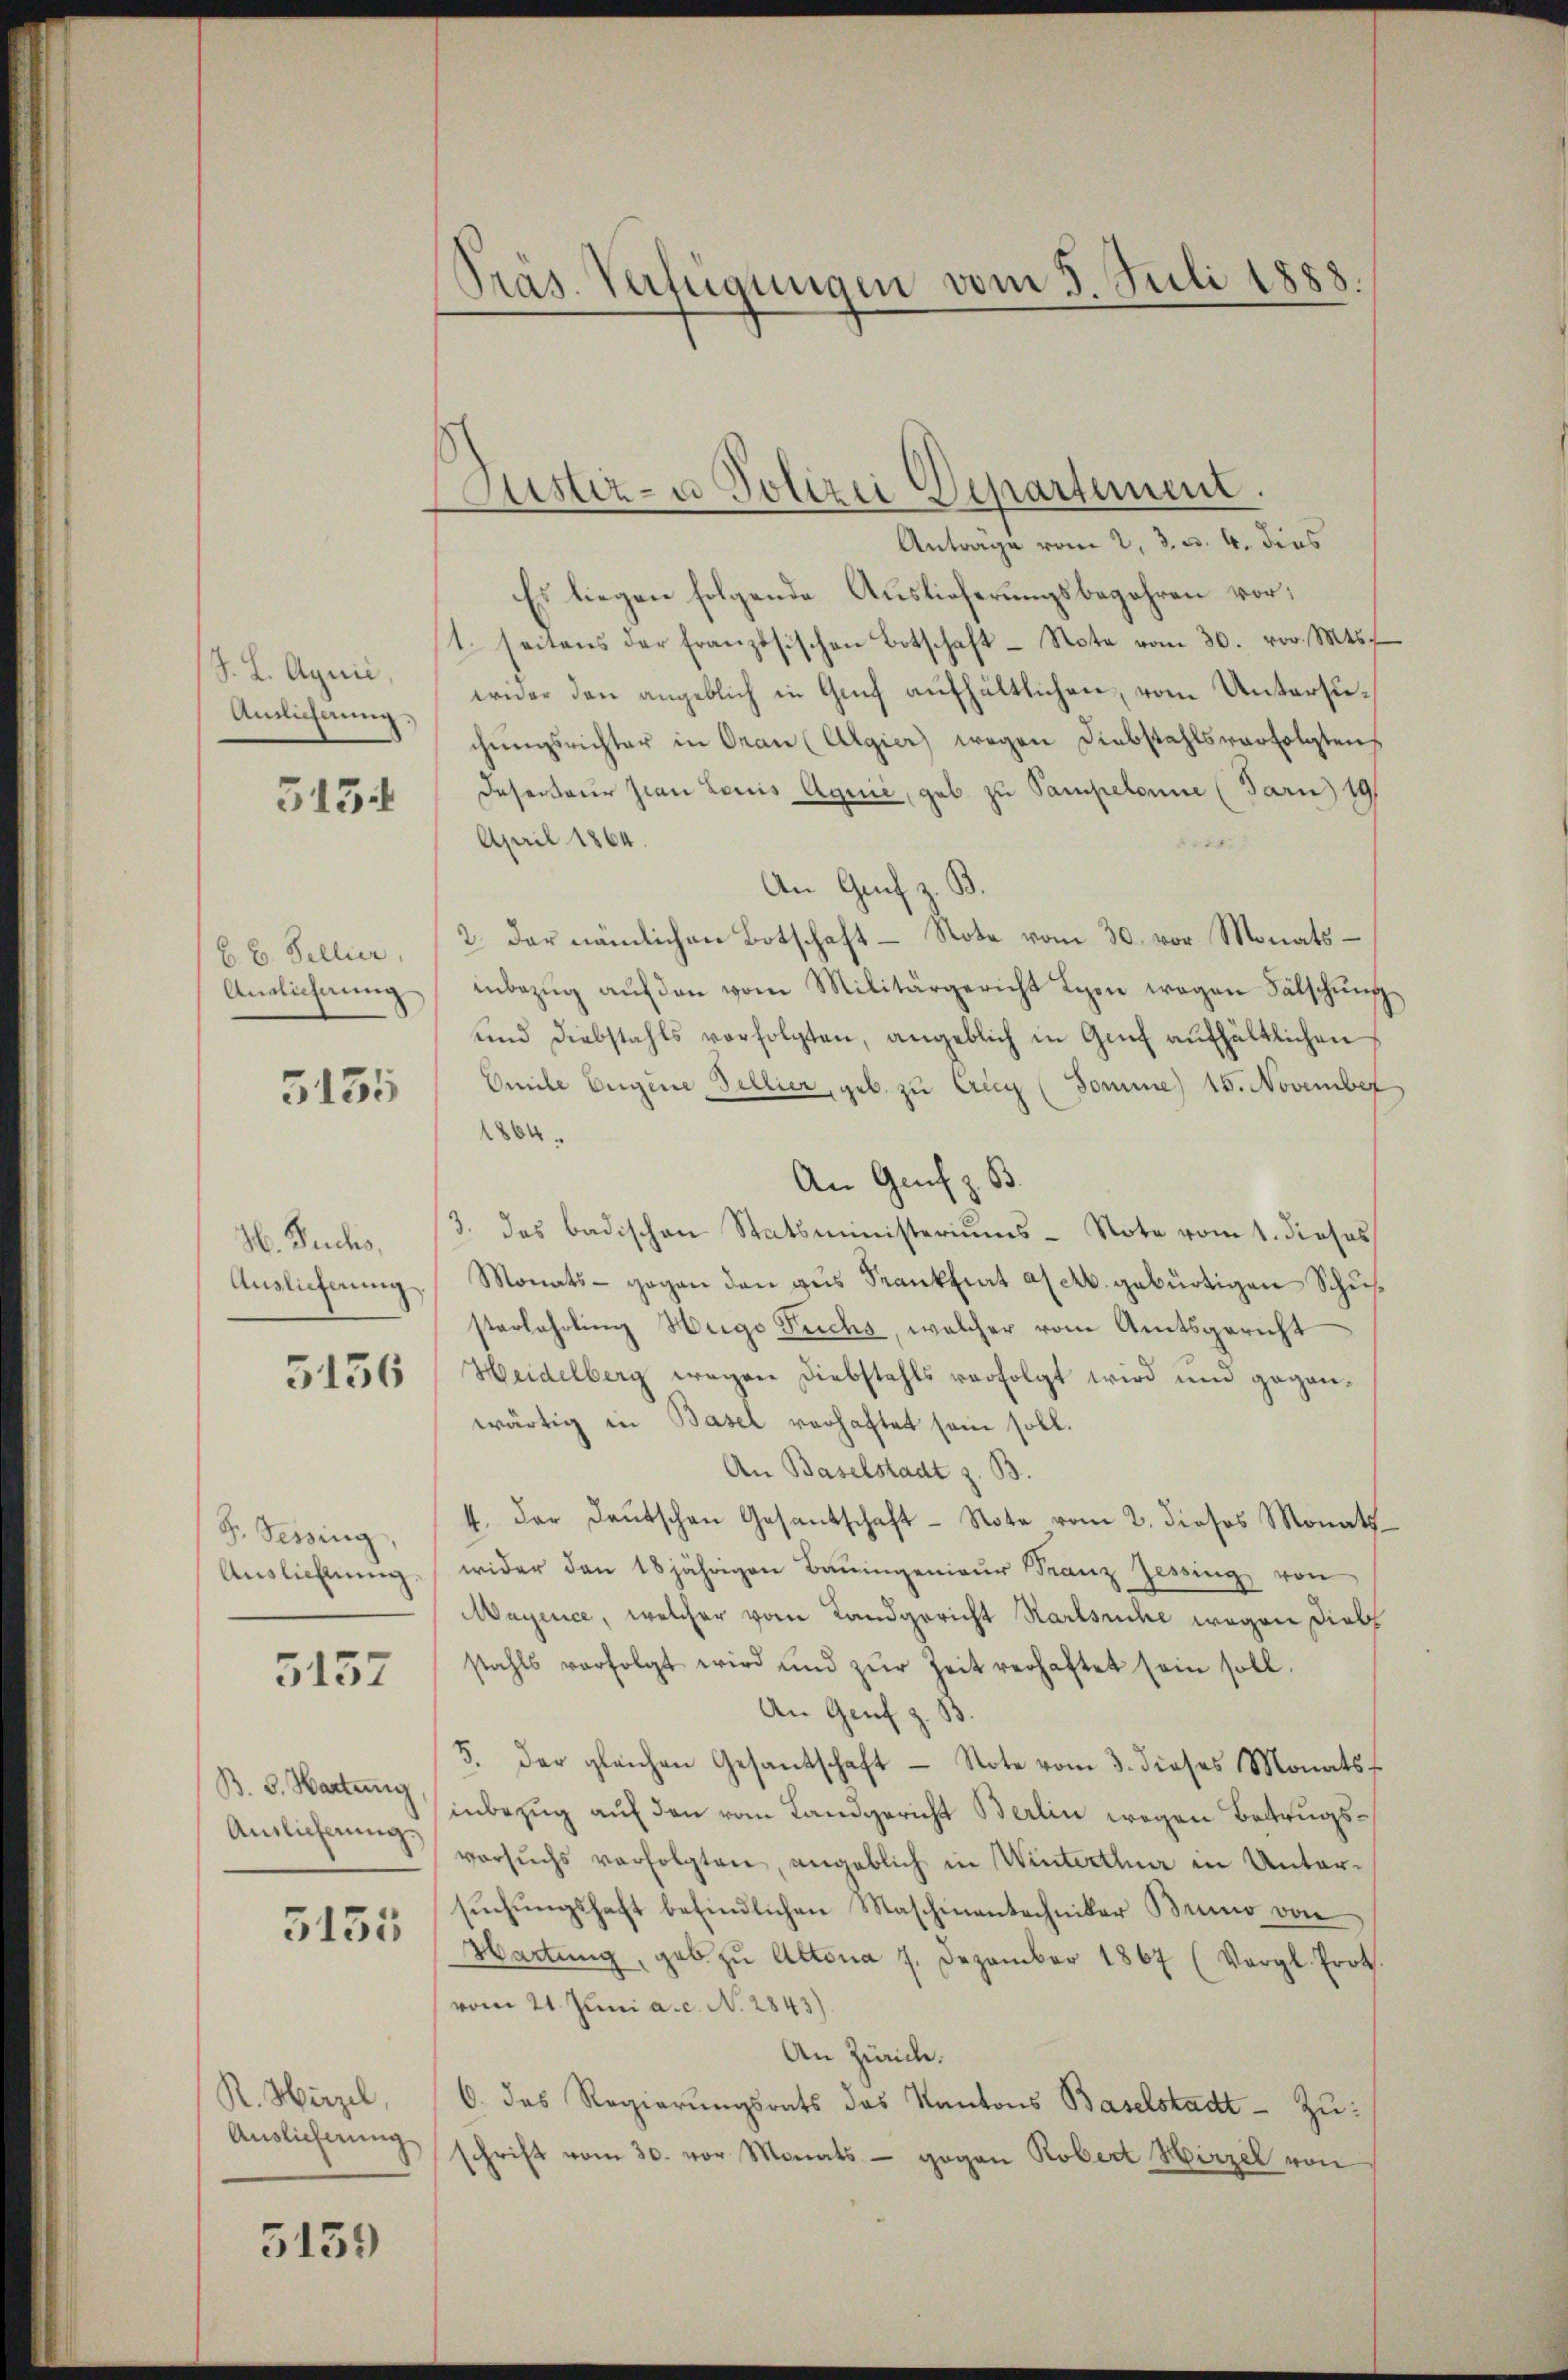
J. L. Aquić,
Annlicherung,

5154

C. C. Bellier,
Amlichnung
5135

H. Fuchs,
Auslieferung.
5136

F. Tessing,
Auslichtung

5157

B. 6. Hartung
Anlicherung.

5155

R. Hirzel,
Auslieferung

5159

Pras. Verfügungen vom 5. Juli 1888.

Justiz- u Polizei Departement.

Antrage vom 2. 3. d. 4. dies
Es liegen folgende Auslieferungsbegehren vor¬
1. seitens der französischen Botschaft - Nota vom 30. vor. Mts.
wider den angeblich in Genf aufhältlichen, vom Untersuchungsrichter in Oran (Algier wegen Diebstahlsverfolgten
Deserteur pian Louis Aquić, geb. zu Sampelonne (Jarn) 19
April 1864.
An Grif z. B.
2. Der nämlichen Botschaft - Note vom 30. vor. Monats –
inbezŭg aŭf den vom Militärgericht Lyon wegen Fälschung
und Diebstahls verfolgten, angeblich in Genf aŭfhältlichen
Omile Eugene Fellier, geb. zu Crieg (Somme) 15. November
.
An Genf z. B.
3. das badischen Statsministeriums-Note vom 1. dieses
Monats - gegen den aus Sankfiat a. c. gebürtigen Schusterfahrling Weige Fuchs, welcher vom Amtsgericht
Heidelberg wegen Diebstahls verfolgt wird und geganwärtig in Basel verhaftet sein soll.
An Baselstadt z. B.
4. der deŭtschen Gesandschaft - Note vom 2. dieses Monats
wider den 18jährigen Bauingenieur Franz Zessing von
Mayence, welcher vom Landgericht Karlsuche wegen Dieb
stahls verfolgt wird und zŭr Zeit verhaftet sein soll.
An Genf z. B.
5. der gleichen Gesandschaft - Note vom 3. dieses Monatsf
inbezug auf den vom Landgericht Berlin wegen Betrugsversuchs verfolgten, angeblich in Winterthur in Untersŭchŭngshaft befindlichen Maschinentechniker Bruno von
Hartung, gab zu Altona 7. Dezember 1867 (Vergl. Prot
vom 21. Juni a.c. No. 2843).
An Zürich.
6. das Regierungsrats das Kantons Baselstadt - Zuschrift vom 30. vor Monats - gegen Robert Hirzel von